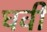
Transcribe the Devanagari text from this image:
घवी